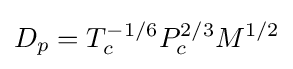
D_{p}=T_{c}^{-1/6}P_{c}^{2/3}M^{1/2}